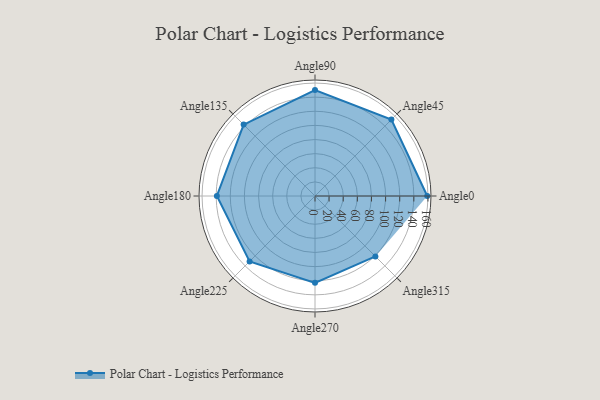
{"axis": {"x": "Angle", "y": "Radius"}, "legend": [""], "data": [{"x": "Angle0", "y": 159.0, "type": ""}, {"x": "Angle45", "y": 153.0, "type": ""}, {"x": "Angle90", "y": 150.0, "type": ""}, {"x": "Angle135", "y": 143.0, "type": ""}, {"x": "Angle180", "y": 139.0, "type": ""}, {"x": "Angle225", "y": 131.0, "type": ""}, {"x": "Angle270", "y": 123.0, "type": ""}, {"x": "Angle315", "y": 121.0, "type": ""}]}